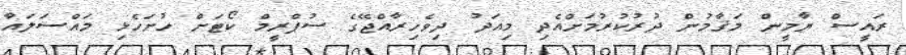
ރައީސް ޔާމީން މަޤާމުން ދުރުކުރުމަށްއެދި މިއަދު ދިވެހިރާއްޖޭގެ ސުޕްރީމް ކޯޓަށް ހުށަހެޅި މައްސަލައާ